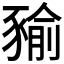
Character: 𧱬